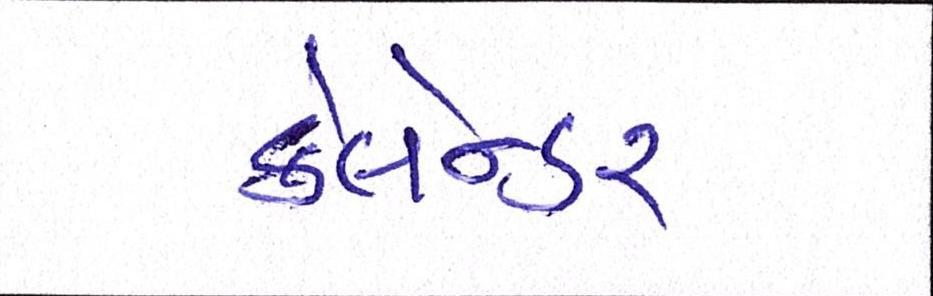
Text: કેલેન્ડર